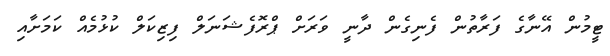
ޓީމުން އޭނާގެ ފަރާތުން ފެނިގެން ދާނީ ވަރަށް ޕްރޮފެޝަނަލް ފިޒިކަލް ކުޅުމެއް ކަމަށާއި